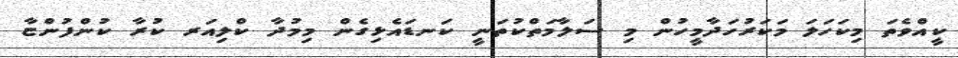
ކީއްވެތަ މިކަހަލަ މަކަރުހަދާމީހުން މި ސަލާމަތްކުތަނީ ކަނޑައެޅިގެން މިމުދާ ކްލިއަރ ކުރާ ކުންފުންޏާ